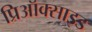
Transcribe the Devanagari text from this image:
प्रिऑक्साइड